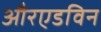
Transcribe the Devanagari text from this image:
औरएडविन